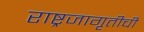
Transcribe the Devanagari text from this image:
राष्ट्रजागृतीची